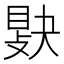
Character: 𢾔